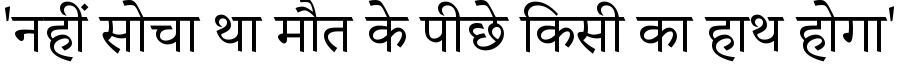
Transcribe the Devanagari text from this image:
'नहीं सोचा था मौत के पीछे किसी का हाथ होगा'